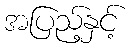
အပြည့်နှင့်